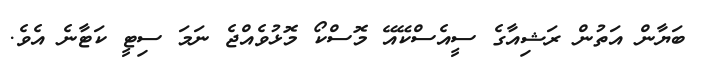
ބަޔާން އަތުން ރަޝިއާގެ ސީއެސްކޭއޭ މޮސްކޯ މޮޅުވެއްޖެ ނަމަ ސިޓީ ކަޓާނެ އެވެ.